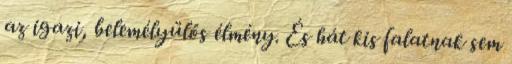
az igazi, belemélyülős élmény. És hát kis falatnak sem